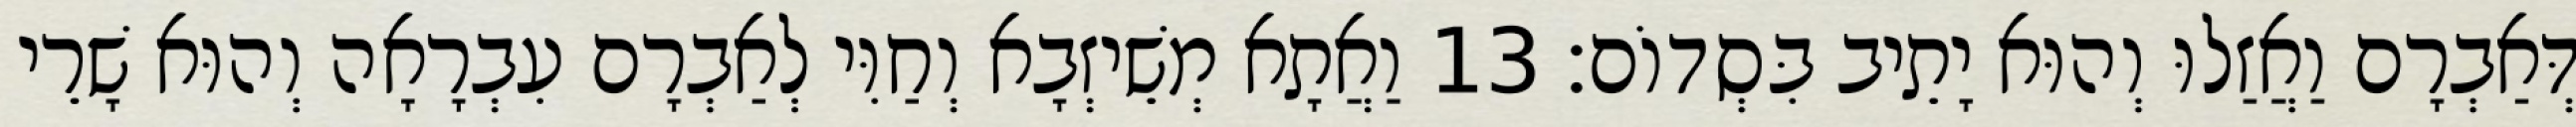
דְּאַבְרָם וַאֲזַלוּ וְהוּא יָתֵיב בִּסְדוֹם׃ 13 וַאֲתָא מְשֵׁיזְבָא וְחַוִּי לְאַבְרָם עִבְרָאָה וְהוּא שָׁרֵי